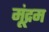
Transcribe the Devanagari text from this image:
मूंद्रम